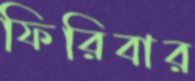
ফিরিবার